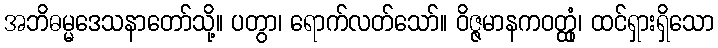
အဘိဓမ္မဒေသနာတော်သို့။ ပတွာ၊ ရောက်လတ်သော်။ ဝိဇ္ဇမာနကဝတ္ထုံ၊ ထင်ရှားရှိသော